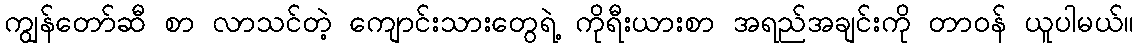
ကျွန်တော်ဆီ စာ လာသင်တဲ့ ကျောင်းသားတွေရဲ့ ကိုရီးယားစာ အရည်အချင်းကို တာဝန် ယူပါမယ်။